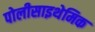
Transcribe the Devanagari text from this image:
पोलीसाइथेमिक